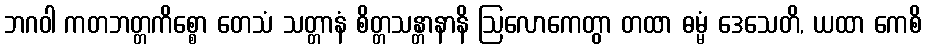
ဘဂဝါ ကတဘတ္တကိစ္စော တေသံ သတ္တာနံ စိတ္တသန္တာနာနိ ဩလောကေတွာ တထာ ဓမ္မံ ဒေသေတိ, ယထာ ကေစိ